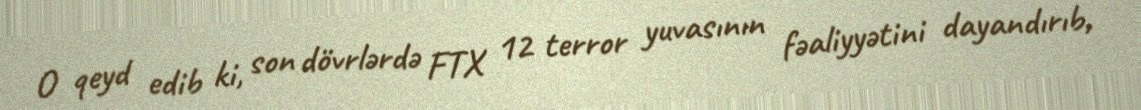
O qeyd edib ki, son dövrlərdə FTX 12 terror yuvasının fəaliyyətini dayandırıb,